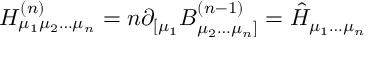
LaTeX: H _ { \mu _ { 1 } \mu _ { 2 } \ldots \mu _ { n } } ^ { ( n ) } = n \partial _ { [ \mu _ { 1 } } B _ { \mu _ { 2 } \ldots \mu _ { n } ] } ^ { ( n - 1 ) } = \hat { H } _ { \mu _ { 1 } \ldots \mu _ { n } }